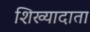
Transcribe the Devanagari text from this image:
शिख्यादाता